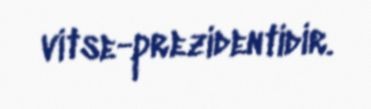
vitse-prezidentidir.